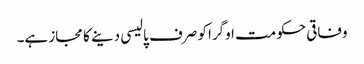
وفاقی حکومت اوگرا کو صرف پالیسی دینے کا مجاز ہے۔